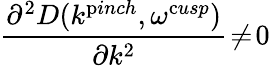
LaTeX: \frac{\partial^{2}D(k^{\mathrm{p}inch},\omega^{\mathrm{c}usp})}{\partial k^{2}}\! \ne\! 0